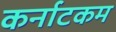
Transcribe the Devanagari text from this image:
कर्नाटकम